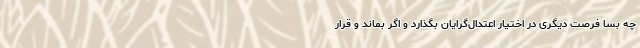
چه بسا فرصت دیگری در اختیار اعتدال‌گرایان بگذارد و اگر بماند و قرار